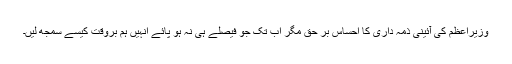
وزیرِاعظم کی آئینی ذمہ داری کا احساس بر حق مگر اب تک جو فیصلے ہی نہ ہو پائے اُنہیں ہم بروقت کیسے سمجھ لیں۔